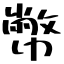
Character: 幣